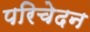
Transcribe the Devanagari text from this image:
परिचेदन